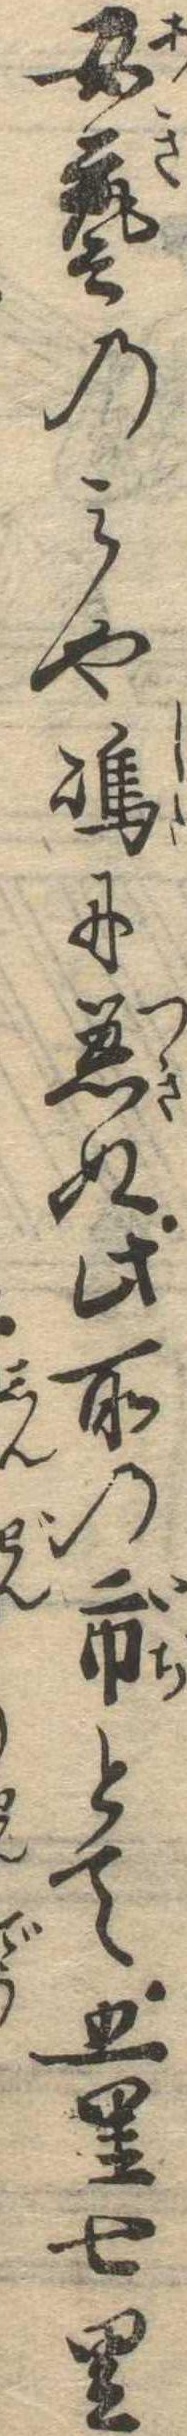
安芸のみや島に着ぬ此所の市とて五里七里